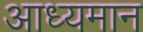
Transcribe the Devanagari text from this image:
आध्यमान